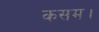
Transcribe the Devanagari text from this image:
कसम।